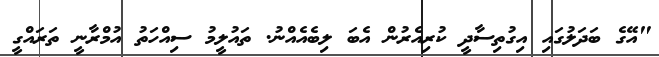
"އޭގެ ބަދަލުގައި އިގުތިސާދީ ކުރިއެރުން އެބަ ލިބެއެއްނު. ތައުލީމު ސިއްހަތު އުމްރާނީ ތަރައްގީ